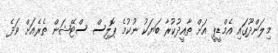
މިލަންދޫގައި އެމްޑީޕީ އަށް ތާއީދުކުރާ ބަޔަކު ނުކުމެ ޕޮލިސް ސްޓޭޝަން ތެރެއަށް ވަދެ